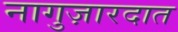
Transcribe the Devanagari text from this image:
नागुज़ारदात